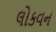
લોકવન